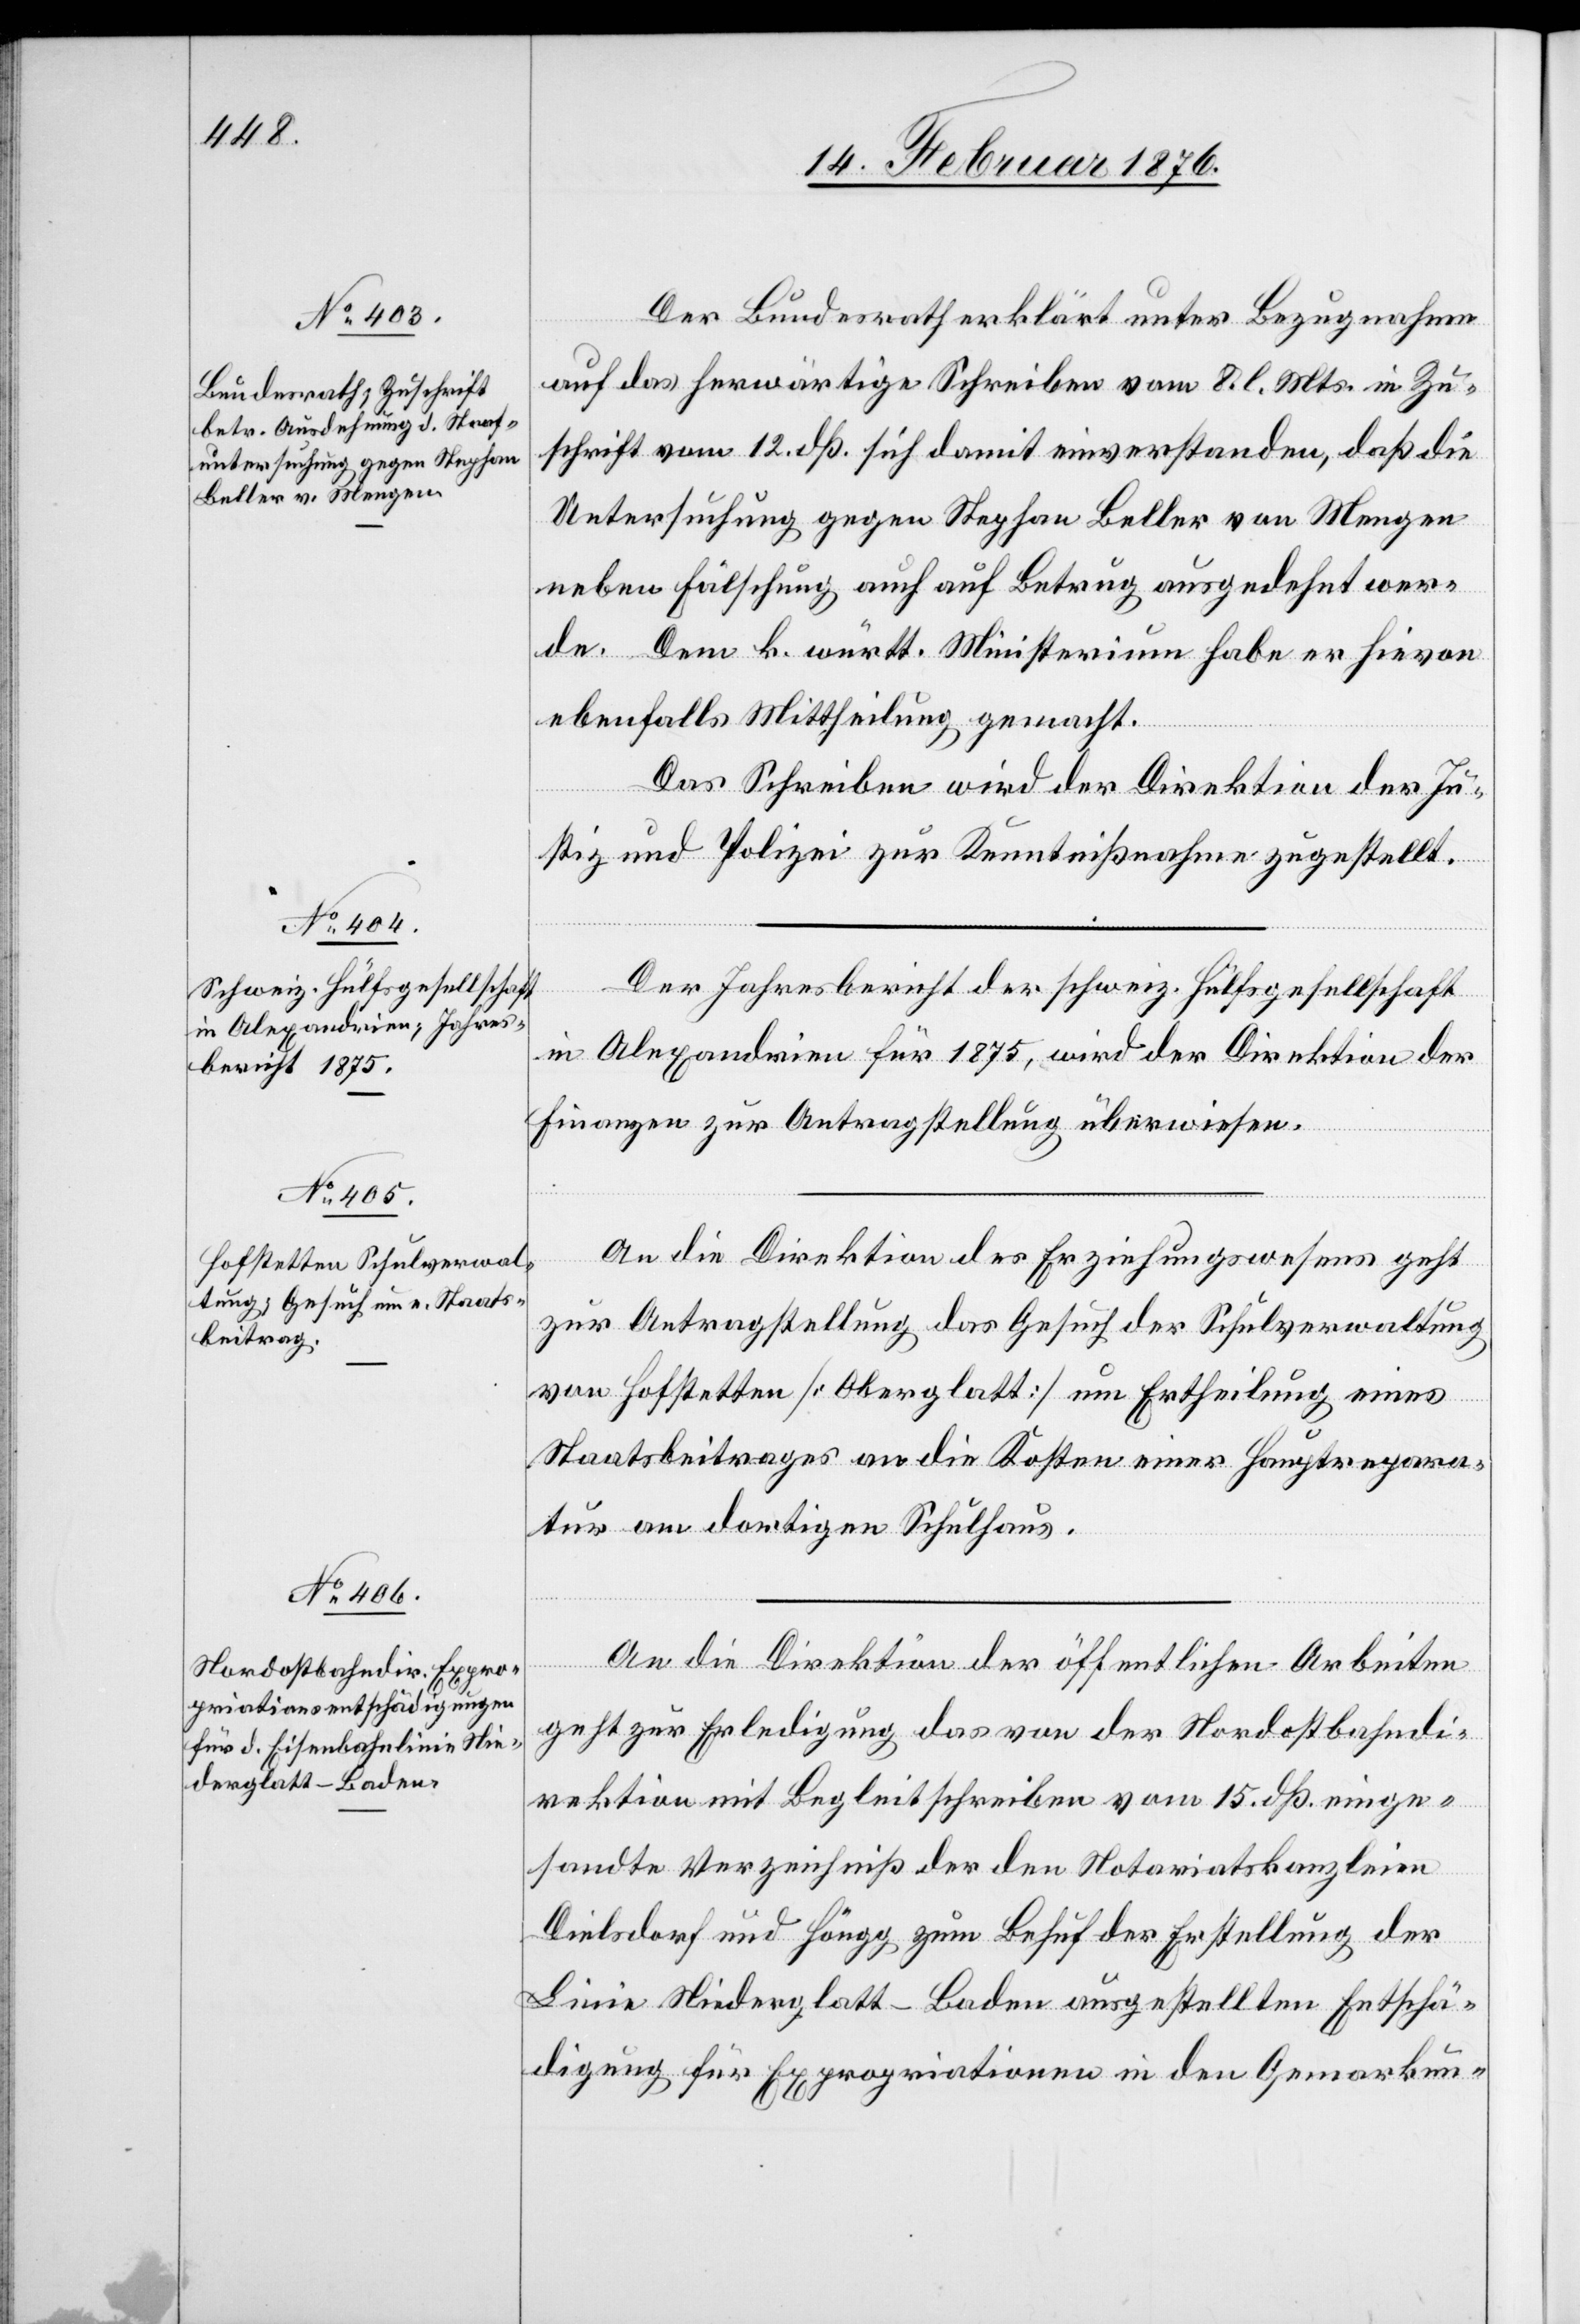
16. Februar 1876.]
Der Bundesrath erklärt unter Bezugnahme
auf das herwärtige Schreiben vom 8. l. Mts. in Zu¬
schrift vom 12. dß. sich damit einverstanden, daß die
Untersuchung gegen Stephan Beller von Mengen
neben Fälschung auch auf Betrug ausgedehnt wer¬
de. Dem k. württ. Ministerium habe er hievon
ebenfalls Mittheilung gemacht.
Das Schreiben wird der Direktion der Ju¬
stiz und Polizei zur Kenntnißnahme zugestellt.
Der Jahresbericht der schweiz. Hülfsgesellschaft
in Alexandrien für 1875, wird der Direktion der
Finanzen zur Antragstellung überwiesen.
An die Direktion des Erziehungswesens geht
zur Antragstellung das Gesuch der Schulverwaltung
von Hofstetten [Oberglatt] um Ertheilung eines
Staatsbeitrages an die Kosten einer Hauptrepara¬
tur am dortigen Schulhaus.
An die Direktion der öffentlichen Arbeiten
geht zur Erledigung des von der Nordostbahndi¬
rektion mit Begleitschreiben vom 15. dß. einge¬
sandte Verzeichniß der den Notariatskanzleien
Dielsdorf und Höngg zum Behuf der Erstellung der
Linie Niederglatt–Baden ausgestellten Entschä¬
digung für Expropriationen in den Gemarkun-